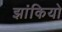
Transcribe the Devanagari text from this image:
झांकियो